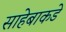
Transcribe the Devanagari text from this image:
साहेबाकडे